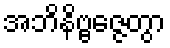
အဘိနိဗ္ဗဇ္ဇေတွာ